Report of the Indian Hemp Drugs Commission, 1894-1895 - Volume V
Year: 1894
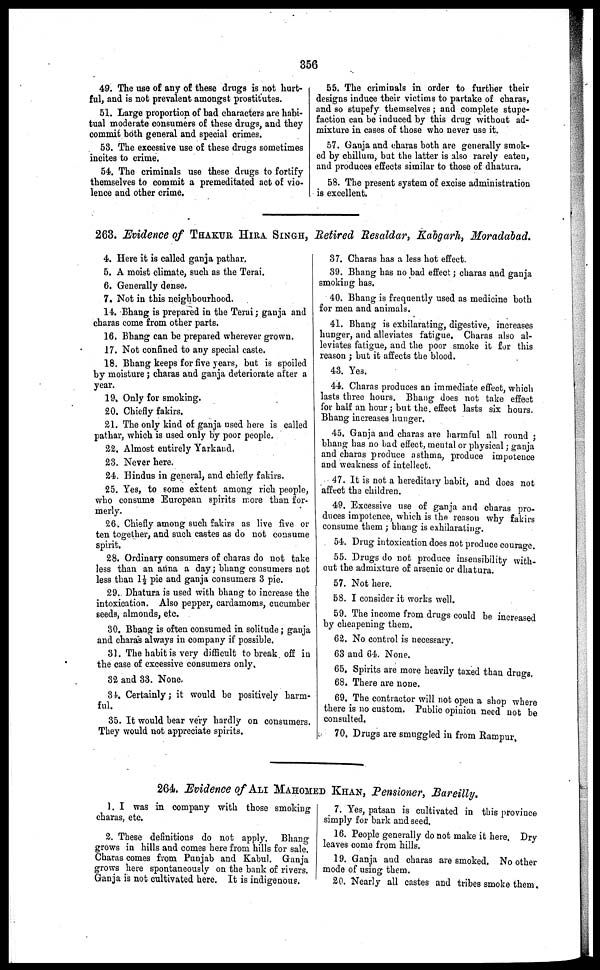
356
49. The use of any of these drugs is not hurt-
ful, and is not prevalent amongst prostitutes.
51. Large proportion of bad characters are habi-
tual moderate consumers of these drugs, and they
commit both general and special crimes.
53. The excessive use of these drugs sometimes
incites to crime.
54. The criminals use these drugs to fortify
themselves to commit a premeditated act of vio-
lence and other crime.
55. The criminals in order to further their
designs induce their victims to partake of charas,
and so stupefy themselves ; and complete stupe-
faction can be induced by this drug without ad-
mixture in cases of those who never use it.
57. Ganja and charas both are generally smok-
ed by chillum, but the latter is also rarely eaten,
and produces effects similar to those of dhatura.
58. The present system of excise administration
is excellent.
263. Evidence of THAKUR HIRA SINGH, Retired Resaldar, Kabgarh, Moradabad.
4. Here it is called ganja pathar.
5. A moist climate, such as the Terai.
6. Generally dense.
7. Not in this neighbourhood.
14. Bhang is prepared in the Terai ; ganja and
charas come from other parts.
16. Bhang can be prepared wherever grown.
17. Not confined to any special caste.
18. Bhang keeps for five years, but is spoiled
by moisture ; charas and ganja deteriorate after a
year.
19. Only for smoking.
20. Chiefly fakirs.
21. The only kind of ganja used here is called
pathar, which is used only by poor people.
22. Almost entirely Yarkand.
23. Never here.
24. Hindus in general, and chiefly fakirs.
25. Yes, to some extent among rich people,
who consume European spirits more than for-
merly.
26. Chiefly among such fakirs as live five or
ten together, and such castes as do not consume
spirit.
28. Ordinary consumers of charas do not take
less than an anna a day ; bhang consumers not
less than 1½ pie and ganja consumers 3 pie.
29. Dhatura is used with bhang to increase the
intoxication. Also pepper, cardamoms, cucumber
seeds, almonds, etc.
30. Bhang is often consumed in solitude ; ganja
and charas always in company if possible.
81. The habit is very difficult to break off in
the case of excessive consumers only.
32 and 33. None.
34. Certainly ; it would be positively harm-
ful.
35. It would bear very hardly on consumers.
They would not appreciate spirits.
37. Charas has a less hot effect.
39. Bhang has no bad effect ; charas and ganja
smoking has.
40. Bhang is frequently used as medicine both
for men and animals.
41. Bhang is exhilarating, digestive, increases
hunger, and alleviates fatigue. Charas also al-
leviates fatigue, and the poor smoke it for this
reason ; but it affects the blood.
43. Yes.
44. Charas produces an immediate effect, which
lasts three hours. Bhang does not take effect
for half an hour ; but the effect lasts six hours.
Bhang increases hunger.
45. Ganja and charas are harmful all round ;
bhang has no bad effect, mental or physical ; ganja
and charas produce asthma, produce impotence
and weakness of intellect.
47. It is not a hereditary habit, and does not
affect the children.
49. Excessive use of ganja and charas pro-
duces impotence, which is the reason why fakirs
consume them ; bhang is exhilarating.
54. Drug intoxication does not produce courage.
55. Drugs do not produce insensibility with-
out the admixture of arsenic or dhatura.
57. Not here.
58. I consider it works well.
59. The income from drugs could be increased
by cheapening them.
62. No control is necessary.
63 and 64. None.
65. Spirits are more heavily taxed than drugs.
68. There are none.
69. The contractor will not open a shop where
there is no custom. Public opinion need not be
consulted.
70. Drugs are smuggled in from Rampur.
264. Evidence of ALI MAHOMED KHAN, Pensioner, Bareilly.
1. I was in company with those smoking
charas, etc.
2. These definitions do not apply. Bhang
grows in hills and comes here from hills for sale.
Charas comes from Punjab and Kabul. Ganja
grows here spontaneously on the bank of rivers.
Ganja is not cultivated here. It is indigenous.
7. Yes, patsan is cultivated in this province
simply for bark and seed.
16. People generally do not make it here. Dry
leaves come from hills.
19. Ganja and charas are smoked. No other
mode of using them.
20. Nearly all castes and tribes smoke them.